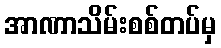
အာဏာသိမ်းစစ်တပ်မှ